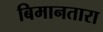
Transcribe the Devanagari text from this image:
बिमानतारा